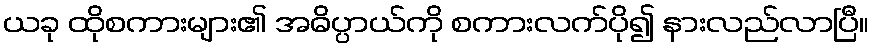
ယခု ထိုစကားများ၏ အဓိပ္ပာယ်ကို စကားလက်ပို၍ နားလည်လာပြီ။